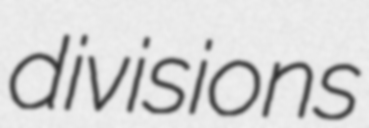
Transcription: divisions